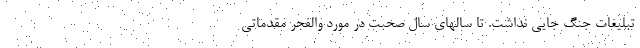
تبلیغات جنگ جایی نداشت. تا سالهای سال صحبت در مورد والفجر مقدماتی